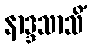
နာဒ္ဒသာသိံ